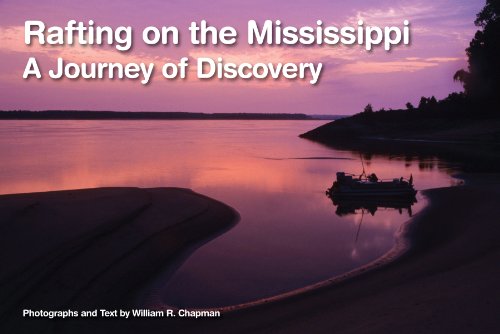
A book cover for Rafting on the Mississippi: A Journey of Discovery; William R. Chapman; Sports & Outdoors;